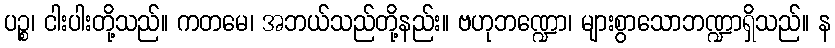
ပဉ္စ၊ ငါးပါးတို့သည်။ ကတမေ၊ အဘယ်သည်တို့နည်း။ ဗဟုဘဏ္ဍော၊ များစွာသောဘဏ္ဍာရှိသည်။ န